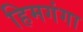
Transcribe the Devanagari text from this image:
हिमगंगा